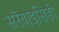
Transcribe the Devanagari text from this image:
सरैंबाइसिडी